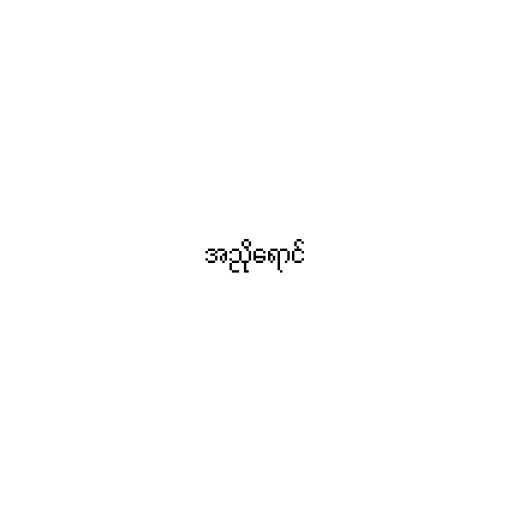
အညိုရောင်